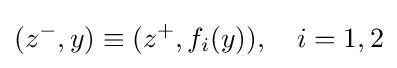
(z^{-},y)\equiv (z^{+},f_{i}(y)),\quad i=1,2